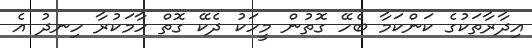
އިދާރާތަކުގެ ކަންކަމާ ބެހޭ ގޮތުން މީހަކު ދެކޭ ގޮތް ހާމަކުރާ ހިނދު އެ